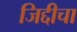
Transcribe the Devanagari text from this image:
जिद्दीचा